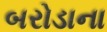
બરોડાના